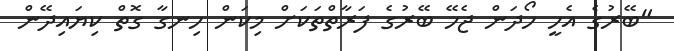
"ބޭރުގެ އެހީ ހޯދަން ޖެހޭ ބޭރުގެ ފަރާތްތަކަށް މިކަން ހިނގާ ގޮތް ކިޔައިދޭން